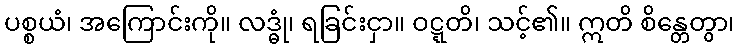
ပစ္စယံ၊ အကြောင်းကို။ လဒ္ဓုံ၊ ရခြင်းငှာ။ ဝဋ္ဋတိ၊ သင့်၏။ ဣတိ စိန္တေတွာ၊